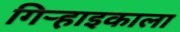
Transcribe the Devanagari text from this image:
गिऱ्हाइकाला